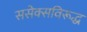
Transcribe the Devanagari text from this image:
ससेक्सविरूद्ध